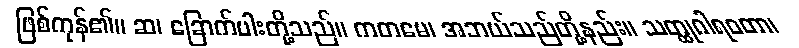
ဖြစ်ကုန်၏။ ဆ၊ ခြောက်ပါးတို့သည်။ ကတမေ၊ အဘယ်သည်တို့နည်း။ သတ္ထုဂါရဝတာ၊